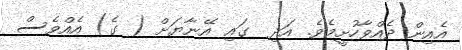
އެއިން ދެއްވާހުށީމެވެ. އަދި  ގައި އޭނާޔަށް ( ގެ) އެއްވެސް